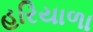
હરિયાળા